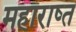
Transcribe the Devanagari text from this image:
महाराष्त